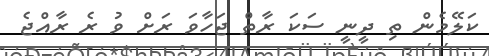
ކަލޭމެން ތި ދީނީ ސަކަ ރާތް ޖަހާވަ ރަށް ވު ރެ ރާއްޖެ